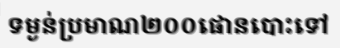
ទម្ងន់ប្រមាណ២០០ផោនបោះទៅ